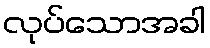
လုပ်သောအခါ